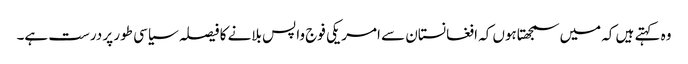
وہ کہتے ہیں کہ میں سمجھتاہوں کہ افغانستان سے امریکی فوج واپس بلانے کا فیصلہ سیاسی طور پر درست ہے۔